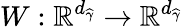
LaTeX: W:\mathbb{R}^{d_{\widehat{\gamma}}}\rightarrow\mathbb{R}^{d_{\widehat{\gamma}}}